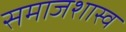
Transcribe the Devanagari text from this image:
समाजशास्व